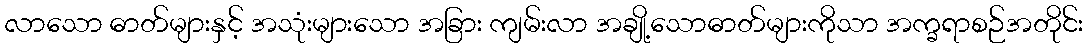
လာသော ဓာတ်များနှင့် အသုံးများသော အခြား ကျမ်းလာ အချို့သောဓာတ်များကိုသာ အက္ခရာစဉ်အတိုင်း